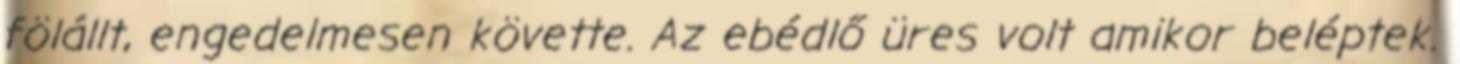
fölállt, engedelmesen követte. Az ebédlő üres volt amikor beléptek.